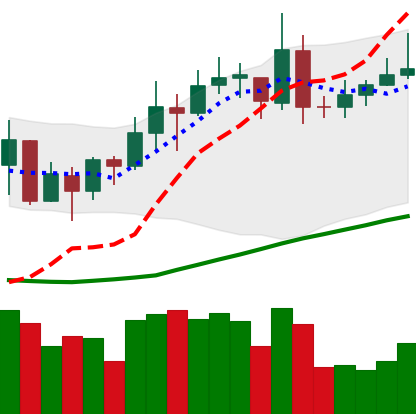
Ticker: XMR-USD
Chart end date: 2020-07-21
Forward return: 12.008%
Label: up_7plus